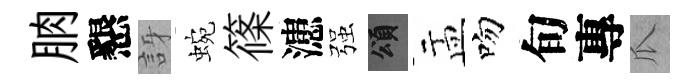
朒懇訝蜿篠漶强頌盂吻旬專瓜